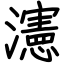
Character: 瀗